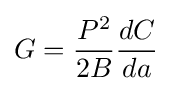
G={\frac {P^{2}}{2B}}{\frac {dC}{da}}